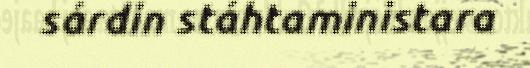
sárdin stáhtaministara